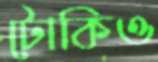
টোকিও